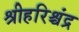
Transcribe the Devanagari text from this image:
श्रीहरिश्चंद्र